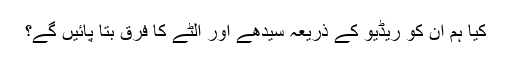
کیا ہم ان کو ریڈیو کے ذریعہ سیدھے اور الٹے کا فرق بتا پائیں گے؟